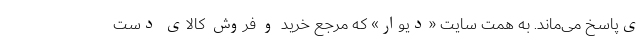
ی‌پاسخ می‌ماند. به همت سایت «دیوار» که مرجع خرید و فروش کالای دست